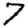
Digit: 7